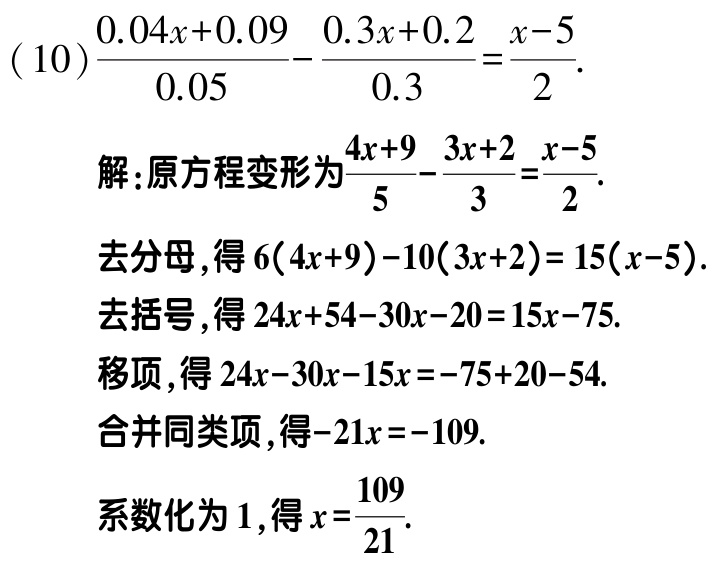
(10)$\frac{0.04x + 0.09}{0.05}-\frac{0.3x + 0.2}{0.3}=\frac{x - 5}{2}$.

解:原方程变形为$\frac{4x + 9}{5}-\frac{3x + 2}{3}=\frac{x - 5}{2}$.

去分母,得$6(4x + 9)-10(3x + 2)= 15(x - 5)$.

去括号,得$24x + 54-30x - 20 = 15x - 75$.

移项,得$24x - 30x - 15x = -75 + 20 - 54$.

合并同类项,得$-21x = -109$.

系数化为1,得$x=\frac{109}{21}$.